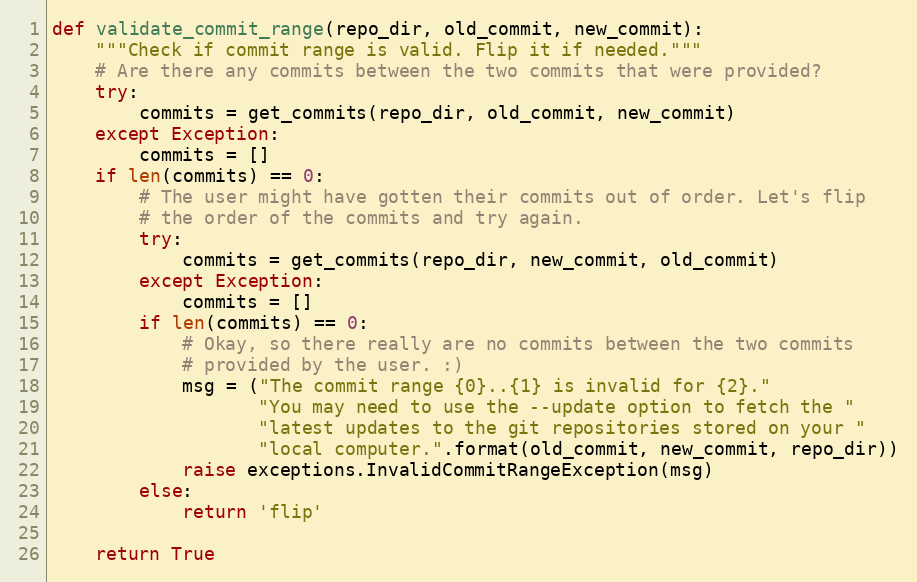
Language: Python
def validate_commit_range(repo_dir, old_commit, new_commit):
    """Check if commit range is valid. Flip it if needed."""
    # Are there any commits between the two commits that were provided?
    try:
        commits = get_commits(repo_dir, old_commit, new_commit)
    except Exception:
        commits = []
    if len(commits) == 0:
        # The user might have gotten their commits out of order. Let's flip
        # the order of the commits and try again.
        try:
            commits = get_commits(repo_dir, new_commit, old_commit)
        except Exception:
            commits = []
        if len(commits) == 0:
            # Okay, so there really are no commits between the two commits
            # provided by the user. :)
            msg = ("The commit range {0}..{1} is invalid for {2}."
                   "You may need to use the --update option to fetch the "
                   "latest updates to the git repositories stored on your "
                   "local computer.".format(old_commit, new_commit, repo_dir))
            raise exceptions.InvalidCommitRangeException(msg)
        else:
            return 'flip'

    return True